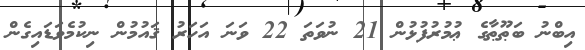
އިބްނު ބަޠޫޠާގެ ޢުމުރުފުޅުން 21 ނުވަތަ 22 ވަނަ އަހަރު ޤައުމުން ނިކުމެވަޑައިގެން